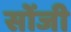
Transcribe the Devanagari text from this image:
सोंजी